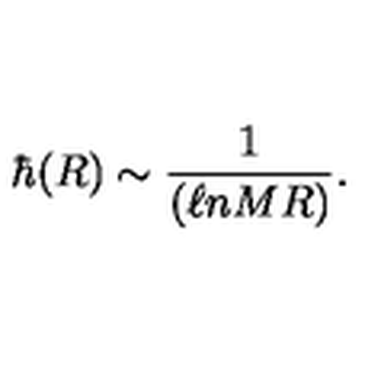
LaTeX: \hbar ( R ) \sim \frac { 1 } { ( \ell n M R ) } .